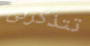
تتذكرنى